Vaccination in Bombay 1902-1912 - 1902-1912
Year: 1902
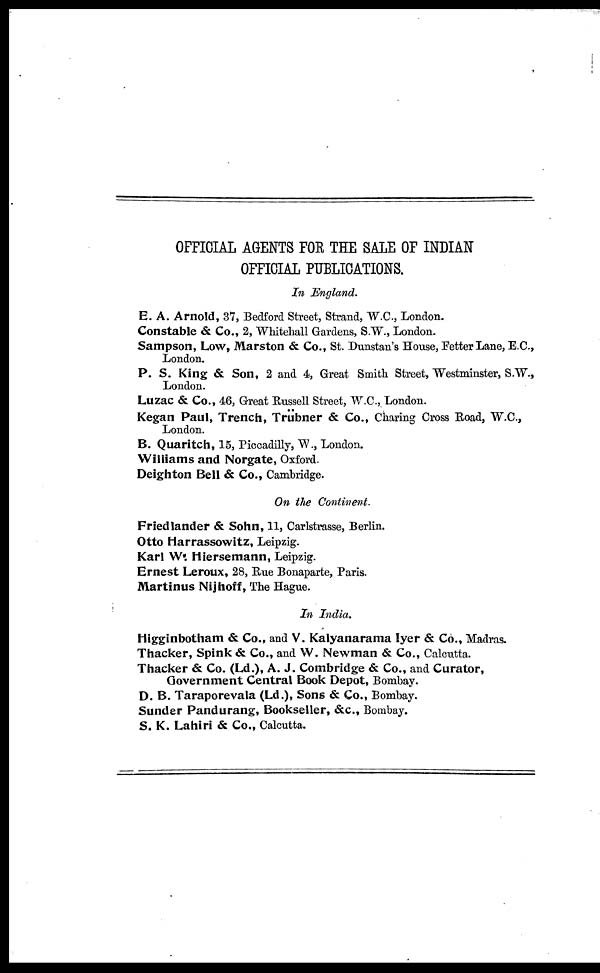
OFFICIAL AGENTS FOR THE SALE OF INDIAN
OFFICIAL PUBLICATIONS.
In England.
E. A. Arnold, 37, Bedford Street, Strand, W.C., London.
Constable & Co., 2, Whitehall Gardens, S.W., London.
Sampson, Low, Marston & Co., St. Dunstan's House, Fetter Lane, E.C.,
London.
P. S. King & Son, 2 and 4, Great Smith Street, Westminster, S.W.,
London.
Luzac & Co., 46, Great Russell Street, W.C., London.
Kegan Paul, Trench, Trübner & Co., Charing Cross Road, W.C.,
London.
B. Quaritch, 15, Piccadilly, W., London.
Williams and Norgate, Oxford.
Deighton Bell & Co., Cambridge.
On the Continent.
Friedlander & Sohn, 11, Carlstrasse, Berlin.
Otto Harrassowitz, Leipzig.
Karl W. Hiersemann, Leipzig.
Ernest Leroux, 28, Rue Bonaparte, Paris.
Martinus Nijhoff, The Hague.
In India.
Higginbotham & Co., and V. Kalyanarama Iyer & Co., Madras.
Thacker, Spink & Co., and W. Newman & Co., Calcutta.
Thacker & Co. (Ld.), A. J. Combridge & Co., and Curator,
Government Central Book Depot, Bombay.
D. B. Taraporevala (Ld.), Sons & Co., Bombay.
Sunder Pandurang, Bookseller, &c., Bombay.
S. K. Lahiri & Co., Calcutta.